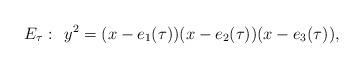
LaTeX: \begin{align*}E_{\tau}: \: \: y^2 = (x-e_1(\tau))(x-e_2(\tau))(x-e_3(\tau)),\end{align*}